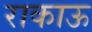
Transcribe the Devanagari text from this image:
राकाऊ